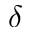
\delta